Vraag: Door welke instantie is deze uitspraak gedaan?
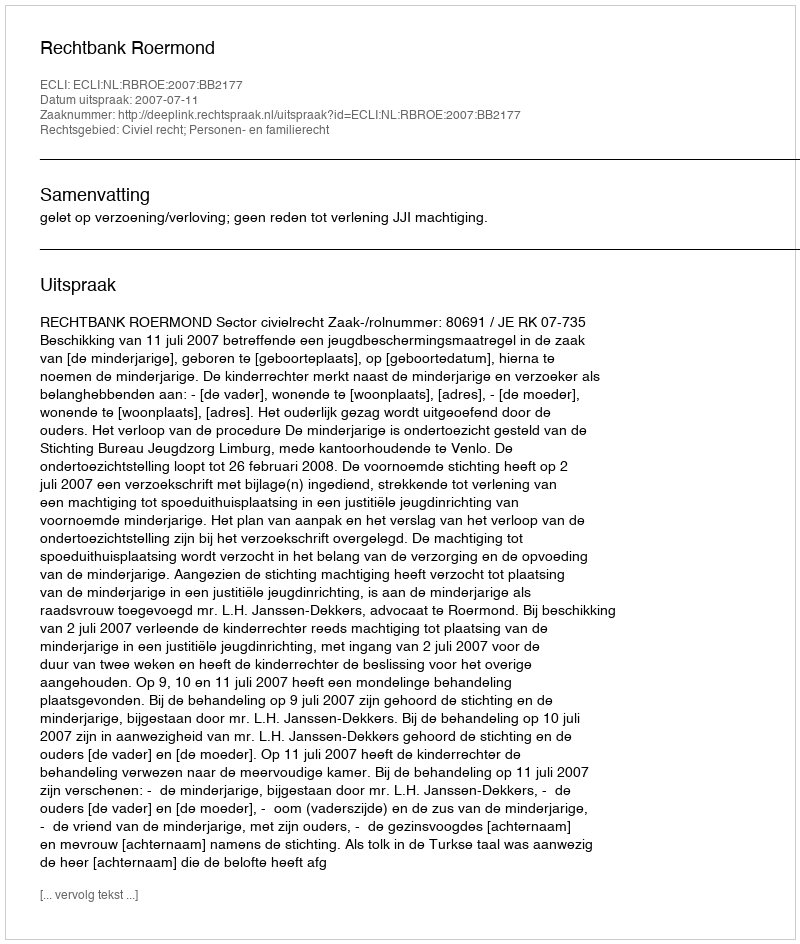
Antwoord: Rechtbank Roermond